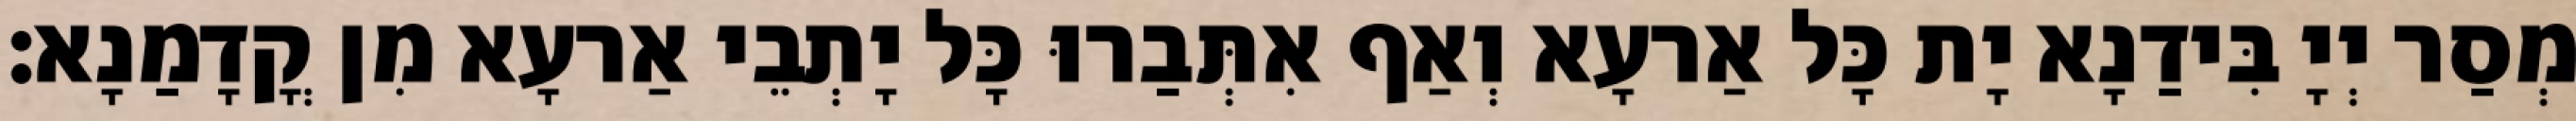
מְסַר יְיָ בִּידַנָא יָת כָּל אַרעָא וְאַף אִתְּבַרוּ כָּל יָתְבֵי אַרעָא מִן קֳדָמַנָא׃